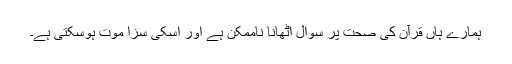
ہمارے ہاں قرآن کی صحت پر سوال اٹھانا ناممکن ہے اور اسکی سزا موت ہوسکتی ہے۔